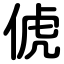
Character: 俿